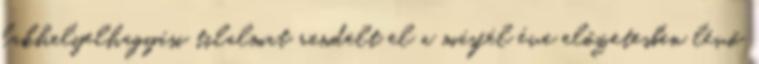
lakhelyelhagyási tilalmat rendelt el a másfél éve előzetesben lévő